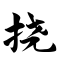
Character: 挠